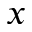
x